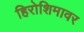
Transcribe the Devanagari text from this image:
हिरोशिमावर